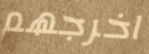
اخرجهم